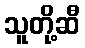
သူတို့ဆီ